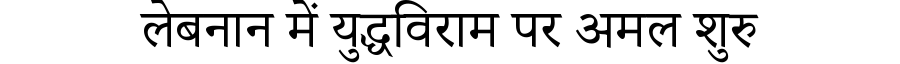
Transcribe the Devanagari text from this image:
लेबनान में युद्धविराम पर अमल शुरु